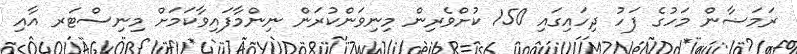
ރަމަޟާން މަހުގެ ފަހު ދިހައިގައި 150 ކުށްވެރިން މިނިވަންކުރަން ނިންމާފައިވާކަމަށް މިނިސްޓަރ އާއި